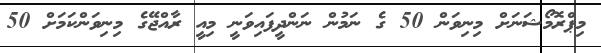
މިޕްރޮމޯޝަނަށް މިނިވަން 50 ގެ ނަމުން ނަންދީފައިވަނީ މިއީ ރާއްޖޭގެ މިނިވަންކަމަށް 50